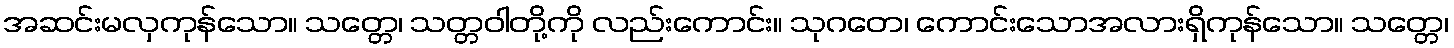
အဆင်းမလှကုန်သော။ သတ္တေ၊ သတ္တဝါတို့ကို လည်းကောင်း။ သုဂတေ၊ ကောင်းသောအလားရှိကုန်သော။ သတ္တေ၊